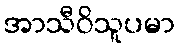
အာသီဝိသူပမာ